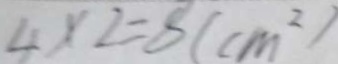
4 \times 2 = 8 ( c m ^ { 2 } )